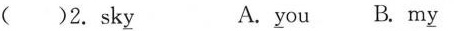
（）2.sk\underline{y} A.\underline{y}ou B.m\underline{y}